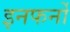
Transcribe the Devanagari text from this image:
इनफर्नो